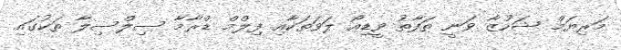
މަރިޔަމް ޝަހުޒާ ވަނީ ތަފާތު ވީޑިއޯ ލަވަތަކާއި ފިލްމް ޑްރާމާ ސިލްސިލާ ތަކުގައި